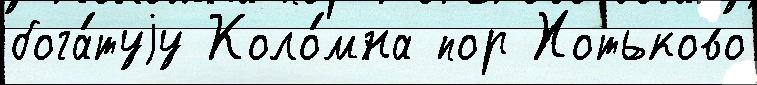
бога́туjу Коло́мна пор Хотьково